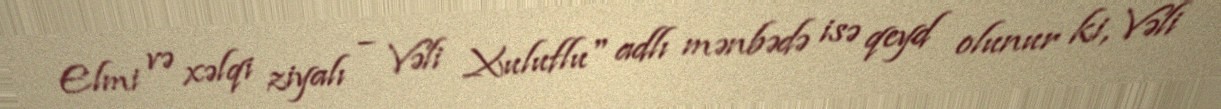
Elmi və xəlqi ziyalı – Vəli Xuluflu" adlı mənbədə isə qeyd olunur ki, Vəli